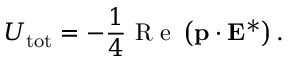
U _ { \mathrm { t o t } } = - \frac { 1 } { 4 } \mathrm { ~ R ~ e ~ } \left( \mathbf { p } \cdot \mathbf { E } ^ { * } \right) .